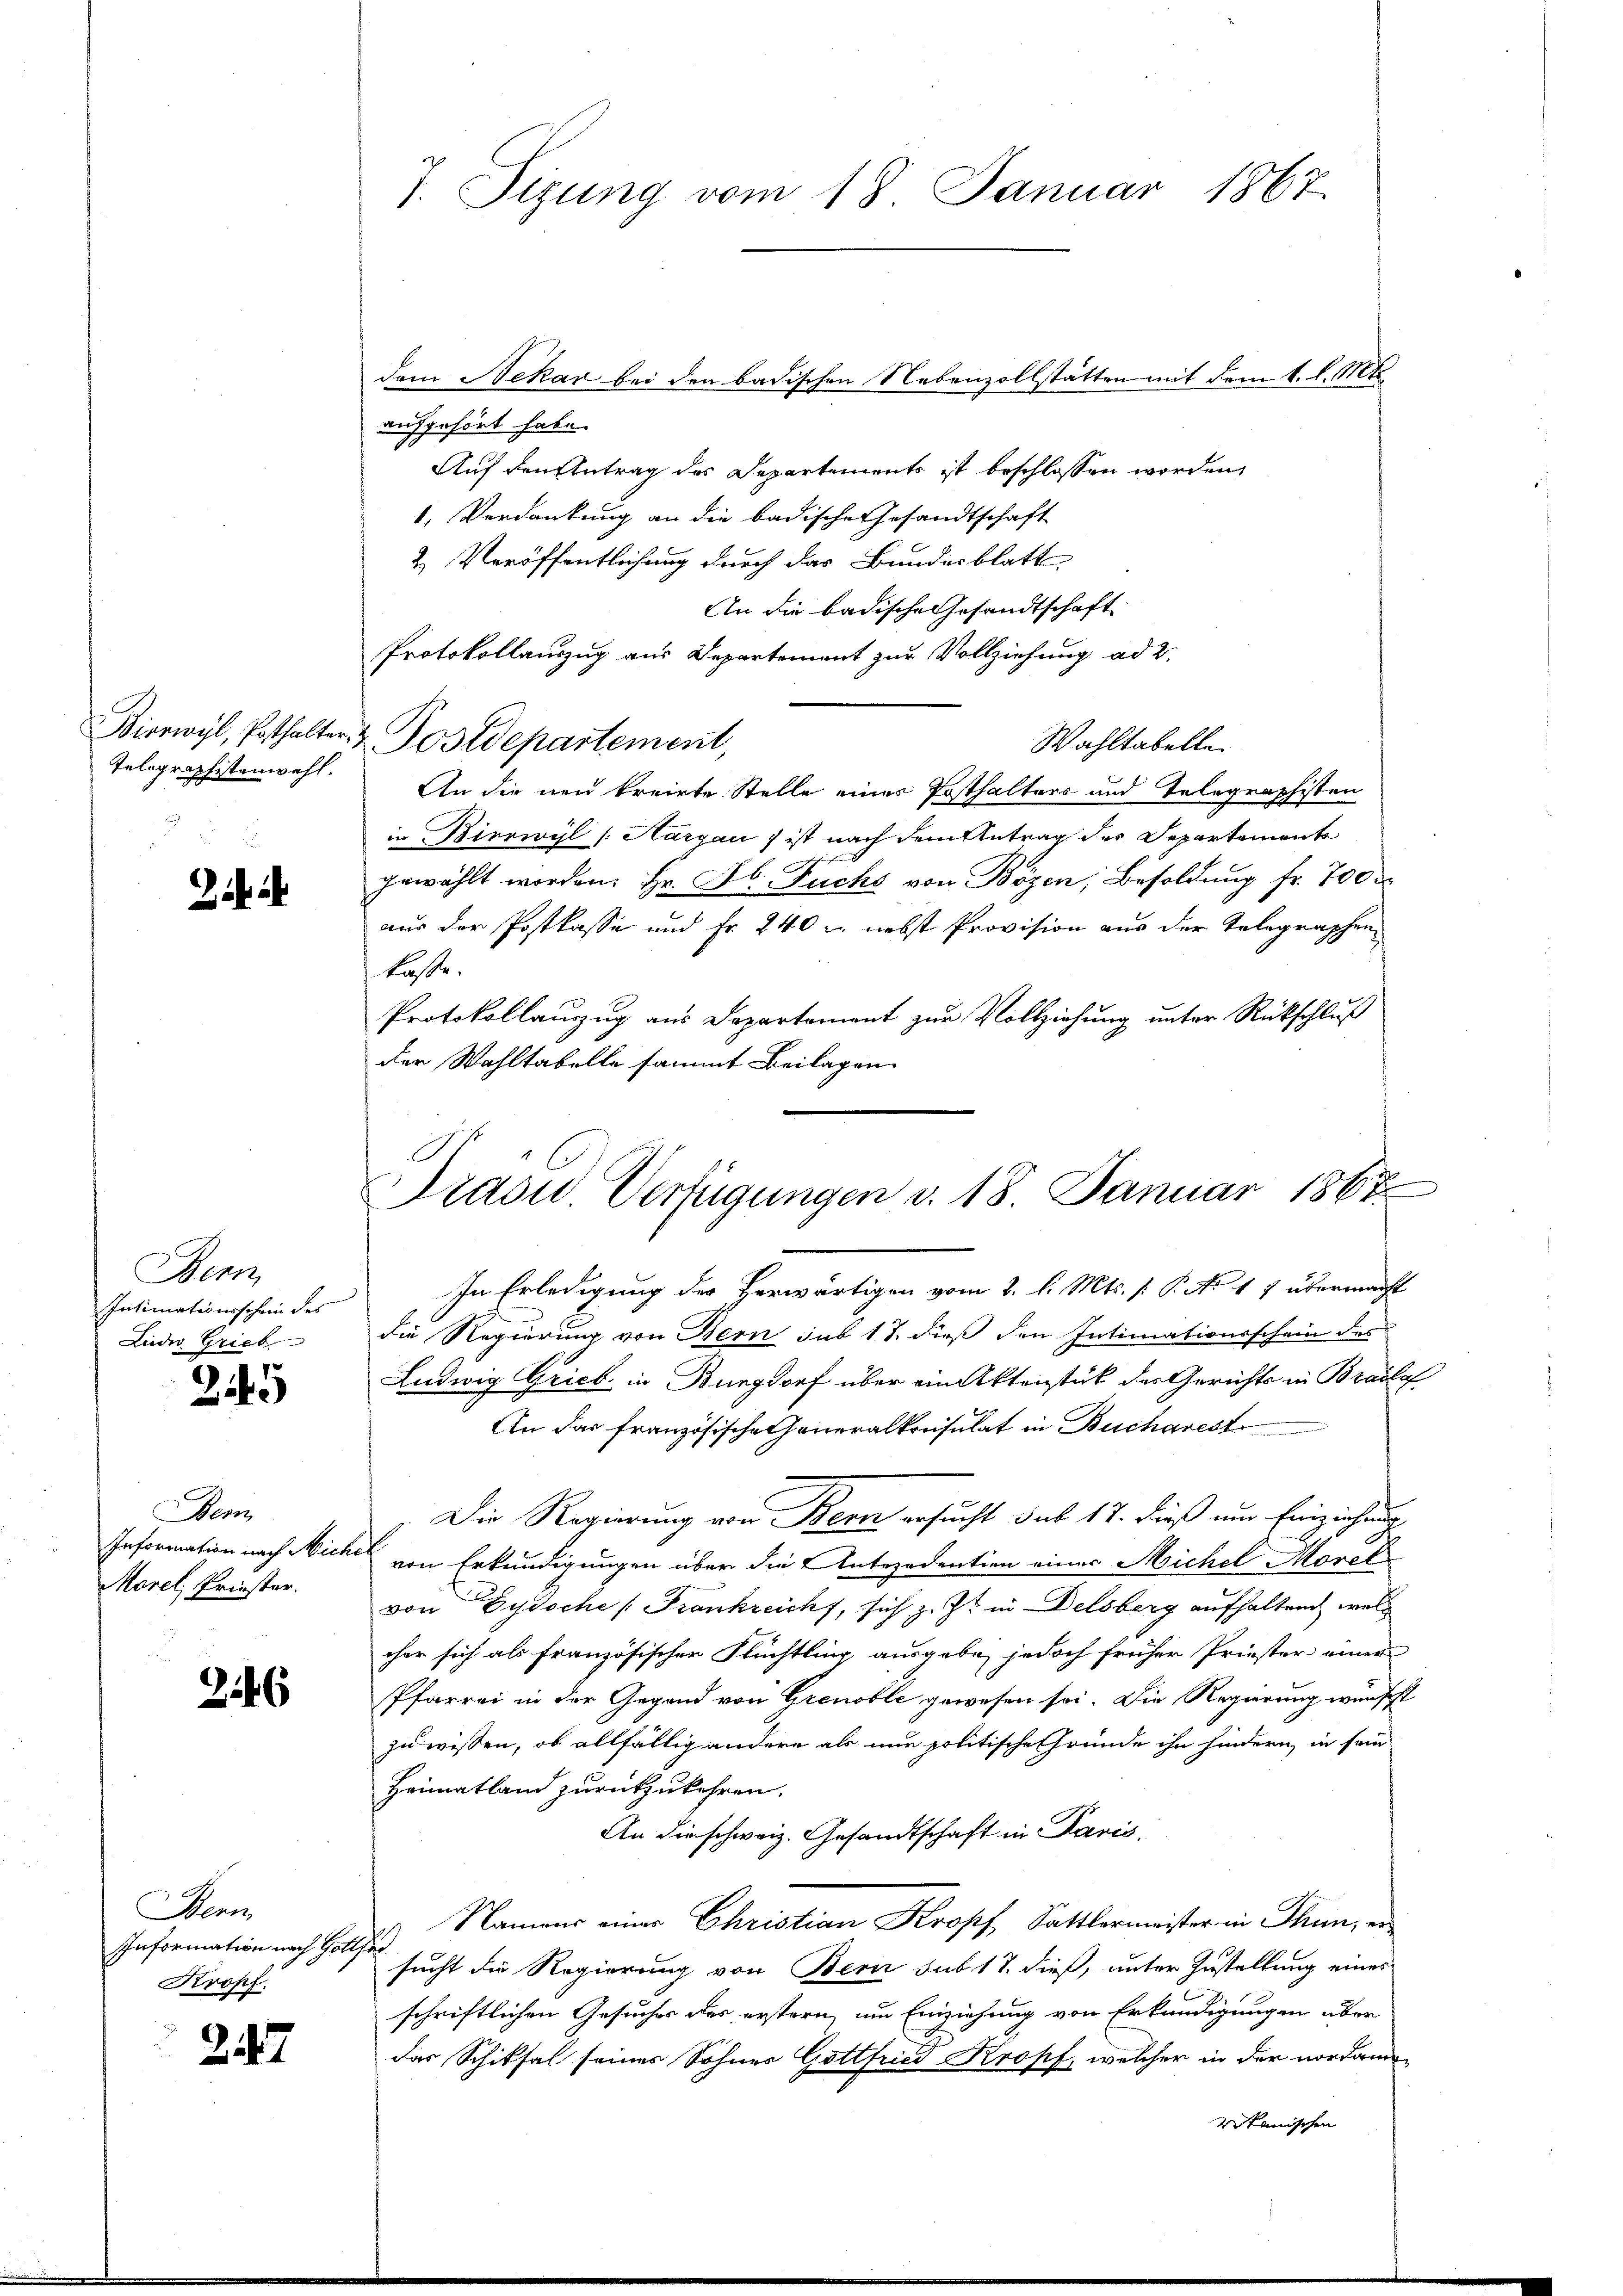
Telegraphistenwahl.

Bern,
Intimationsschein des
Lueder Grieb

3145

Bem
Information nach Nich
Morel, Priester.

46

Hear
Information nach Hollstr.
Kropf.

217

7. Sizung vom 18. Januar 1867.

aufgehört habe.
Auf den Antrag des Departements ist beschlossen worden,
1. Verdankung an die badische Gesandtschaft
& Veröffentlichung durch das Bundesblatt
An die badische Gesandtschaft
Protokollauszug aus Departement zur Vollziehung ad 2.
Wahltabelle.
An die neu kreiste Stelle einer Posthalters und Telegraphisten
in Birrwyl (Aargau) ist nach dem Antrag des Departement
gewählt worden. Hr. F. Fuchs von Bözen, Besoldung fr. 700 r
aus der Postkasse und Fr. 240 u. nebst Provision aus der Telegraphen
kasse.
Protokollauzug aus Departement zur Vollziehung unter Rückschluß
der Wahltabelle sammt Beilagen

Biorwyl, Erthalter z. Postdepartement,

In Erledigung des Verwärtigen vom 2. l. Mts. (: P. No 17 übermacht
die Regierung von Bern sub 18. dieß den Intimationsschein des
Ludwig Grieb in Burgdorf über ein Aktenstück des Gerichts in Braute
An das französische Generalkonsulat in Bucharest
Die Regierung von Bern ersucht sub 17. dieß um Einziehung
e
von Erkundigungen über die Antezedention einer Michel Moret
von Zydoche (Frankreich, sich z. Zt. in Delsberg aufhaltend welc
cher sich als französischer Flüchtling ausgebe, jedoch früher Priester einer
Pfarrei in der Gegend von Grenoble gewesen sei. Die Regierung wünscht
zu wissen, ob allfällig andere als nur politische Gründe ihn hindern, in sein
Heimatland zurückzukehren.
An die schweiz. Gesandtschaft in Paris,
Namens einer Christian Kropf, Sattlermeister in Thun, er
sucht die Regierung von Bern sub 17. dieß, unter Zustellung eines
schriftlichen Gesuches des erstern, um Einziehung von Erkundigungen über
das Schiksal seines Sohner Gottfried Kropf, welcher in der nordan-
vikanischen

dem Nekar bei den badischen Nebenzollstätten mit dem 1. l. Mts.

Pradu Verfügungen v. 18. Januar 1867